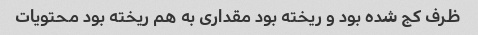
ظرف کج شده بود و ریخته بود مقداری به هم ریخته بود محتویات